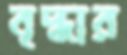
বৃদ্ধার